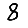
Digit: 8